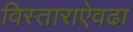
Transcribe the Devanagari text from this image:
विस्ताराऐवढा